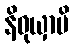
နိဝုယှာမိ